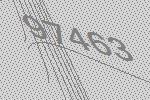
97463